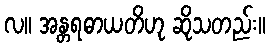
လ။ အန္တရဓာယတိဟု ဆိုသတည်း။